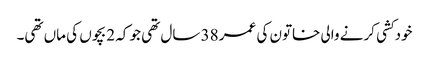
خودکشی کرنے والی خاتون کی عمر 38 سال تھی جو کہ 2 بچوں کی ماں تھی۔